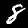
Label: 8